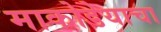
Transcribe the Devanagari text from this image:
माकोडेयाचा